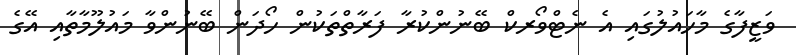
ވަޒީފާގެ މާހައުލުގައި އެ ނެޓްވޯރކް ބޭނުންކުރާ ފަަރާތްތަކުން ހޯދަން ބޭނުންވާ މައުލޫމާތާއި އޭގެ